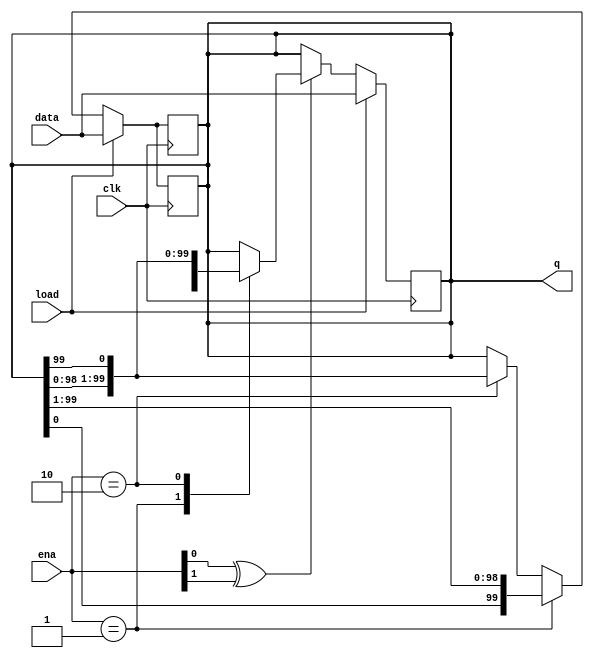
module top_module(
    input clk,
    input load,
    input [1:0] ena,
    input [99:0] data,
    output reg [99:0] q); 

    // Solution1 (My implementation)
    always @(posedge clk) begin
        if(load) q <= data;
        else begin
            if(ena==2'b01) q <= {q[0], q[99:1]};
            else if(ena==2'b10) q <= {q[98:0], q[99]};
            //else q <= q; //
        end
    end


    // Solution2 (HDLBits)
    // This rotator has 4 modes:
	//   load
	//   rotate left
	//   rotate right
	//   do nothing
	// I used vector part-select and concatenation to express a rotation.
	// Edge-sensitive always block: Use non-blocking assignments.
	always @(posedge clk) begin
		if (load)		// Load
			q <= data;
		else if (ena == 2'h1)	// Rotate right
			q <= {q[0], q[99:1]};
		else if (ena == 2'h2)	// Rotate left
			q <= {q[98:0], q[99]};
	end


    // Solution3
    always @(posedge clk) begin
        if(load == 1) begin
            q = data;
        end
        else begin
            if(ena[0]^ena[1]) begin
                case (ena)
                    /*right*/
                    2'b01: begin
                        q <= {q[0], q[99:1]};
                    end
                    /*left*/
                    2'b10: begin
                        q <= {q[98:0], q[99]};
                    end
                endcase
            end
        end
    end
    
endmodule